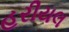
હરીયલ